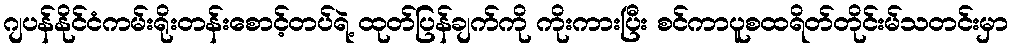
ဂျပန်နိုင်ငံကမ်းရိုးတန်းစောင့်တပ်ရဲ့ ထုတ်ပြန်ချက်ကို ကိုးကားပြီး စင်ကာပူစထရိတ်တိုင်းမ်သတင်းမှာ